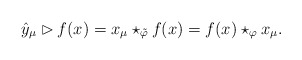
\begin{gather*}\hat{y}_\mu\rhd f(x)=x_\mu\star_{\tilde{\varphi}} f(x)=f(x)\star_\varphi x_\mu.\end{gather*}